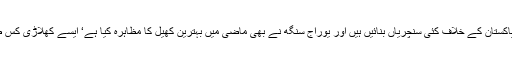
انہوں نے کہاکہ ویراٹ کوہلی نے پاکستان کے خلاف کئی سنچریاں بنائیں ہیں اور یوراج سنگھ نے بھی ماضی میں بہترین کھیل کا مظاہرہ کیا ہے‘ ایسے کھلاڑی کس طرح شکست کا شکار ہوسکتے ہیں۔